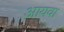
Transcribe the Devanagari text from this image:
आयवा